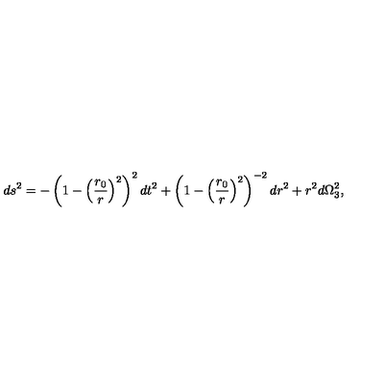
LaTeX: d s ^ { 2 } = - \left( 1 - \left( { \frac { r _ { 0 } } { r } } \right) ^ { 2 } \right) ^ { 2 } d t ^ { 2 } + \left( 1 - \left( { \frac { r _ { 0 } } { r } } \right) ^ { 2 } \right) ^ { - 2 } d r ^ { 2 } + r ^ { 2 } d \Omega _ { 3 } ^ { 2 } ,